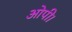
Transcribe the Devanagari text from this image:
ओपी।